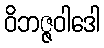
ဝိဘဇ္ဇဝါဒေါ